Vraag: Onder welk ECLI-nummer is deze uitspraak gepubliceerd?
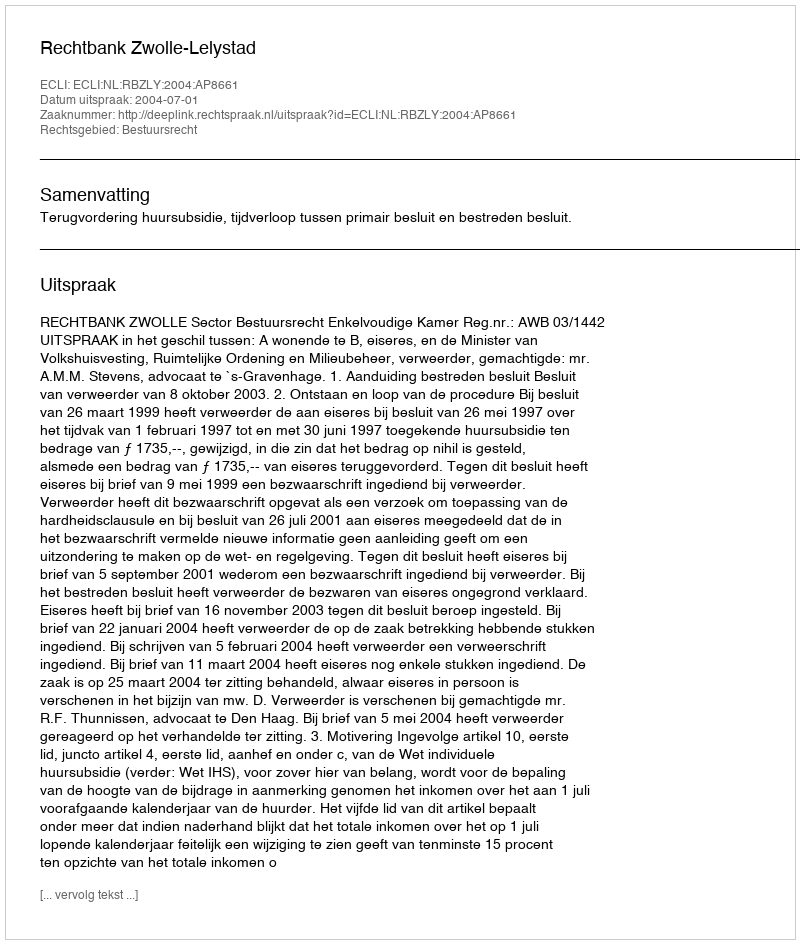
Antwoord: ECLI:NL:RBZLY:2004:AP8661